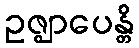
ဥဇ္ဈာပေန္တိ